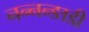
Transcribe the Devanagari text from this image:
नन्नन्ङाडी